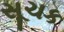
સૂચક